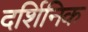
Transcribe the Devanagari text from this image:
दर्शिनिक